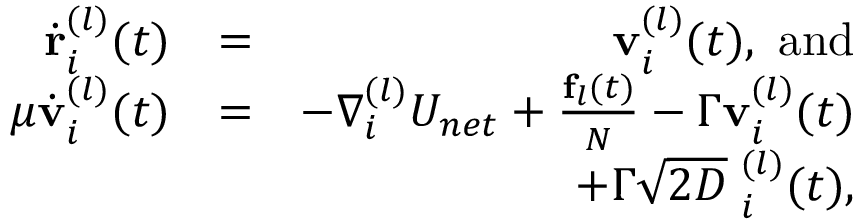
\begin{array} { r l r } { \dot { \bf r } _ { i } ^ { ( l ) } ( t ) } & { = } & { { \bf v } _ { i } ^ { ( l ) } ( t ) , \mathrm { \ a n d } } \\ { { \mu } \dot { \bf v } _ { i } ^ { ( l ) } ( t ) } & { = } & { - \nabla _ { i } ^ { ( l ) } { \cal U } _ { n e t } + \frac { { \bf f } _ { l } ( t ) } { N } - \Gamma { \bf v } _ { i } ^ { ( l ) } ( t ) } \\ & { } & { \, \, \, \, + \Gamma \sqrt { 2 D } { \bf \Xi } _ { i } ^ { ( l ) } ( t ) , } \end{array}